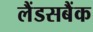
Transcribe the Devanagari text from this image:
लैंडसबैंक